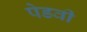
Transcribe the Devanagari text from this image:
पेडवी